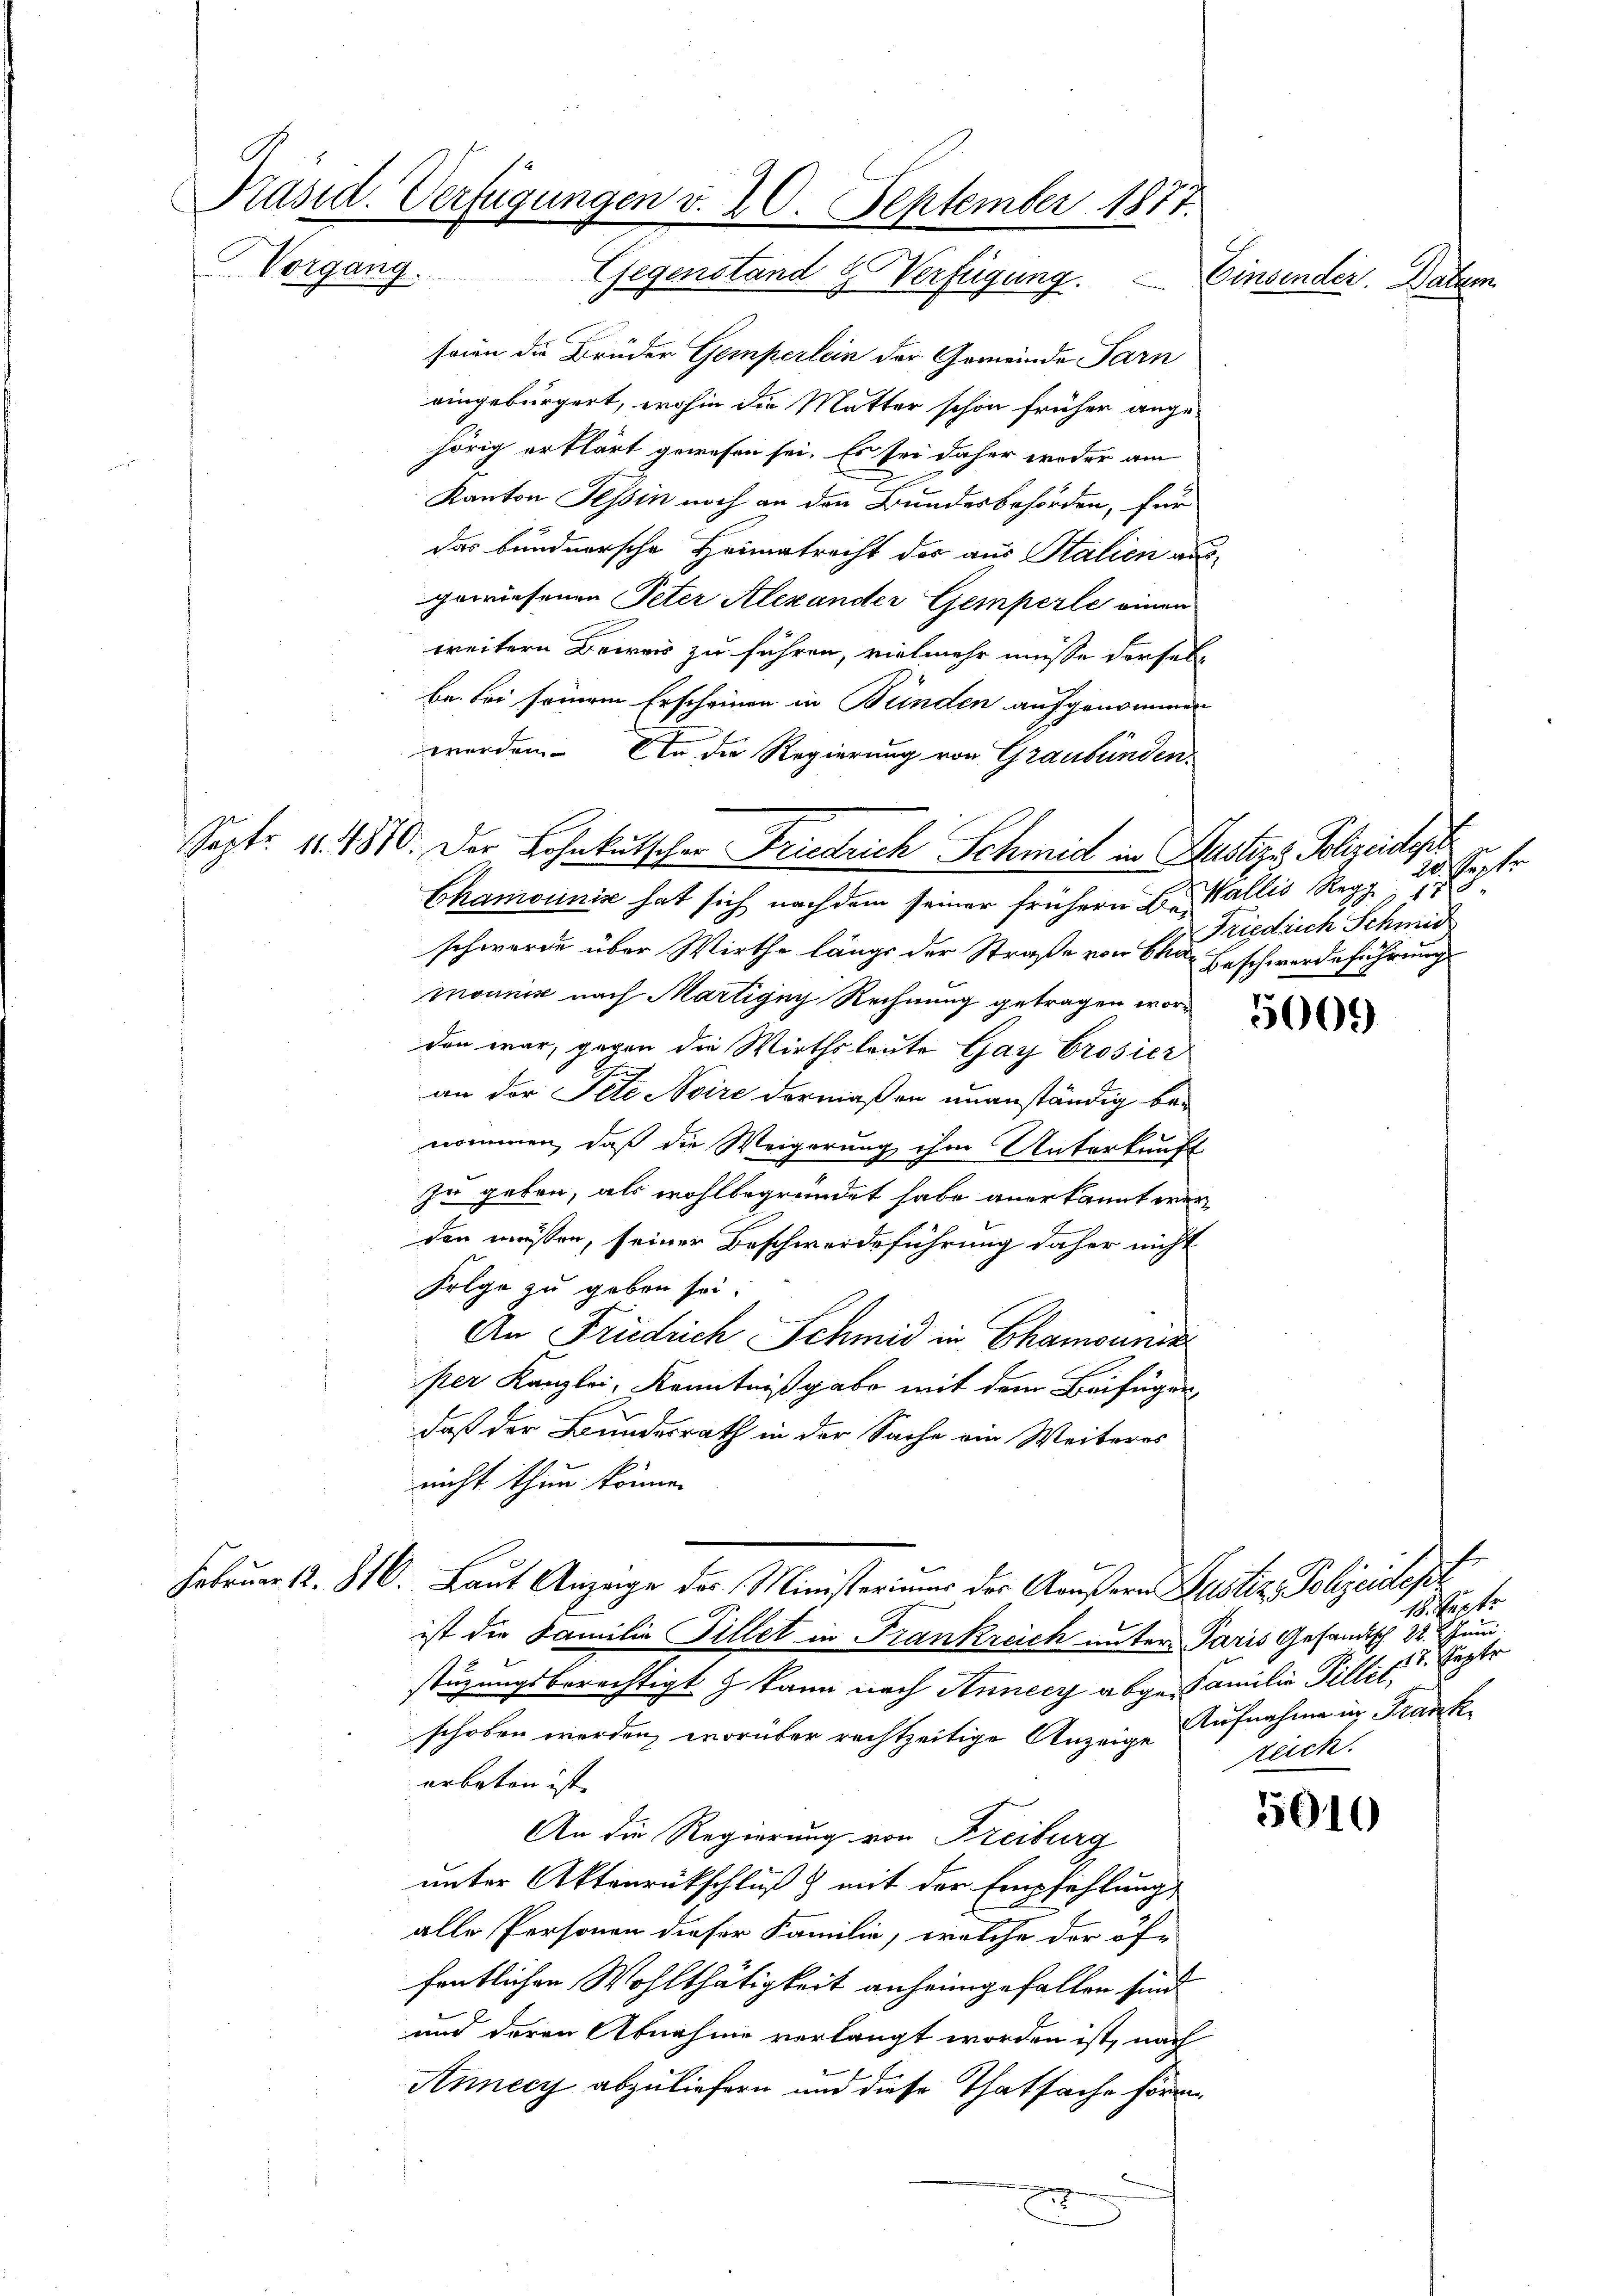
Präsid. Verfügungen v. 20. September 1877.
Vorgang.
Gegenstand & Verfügung.
Einsenden. Seitern

soin die Brüder Gemperlein der Gemeinde Tarn
eingebürgert, wohin die Mutter schon früher ange-
hörig erklärt gewesen sei. Es sei daher weder am
Kanton Tessin noch an den Bundesbehörden, für
das bundnersche Heimatrecht der aus Stalien ausgewiesenen Peter Alexander Gemperle einen
weitern Beweis zu führen, vielmehr müsse derselb
be. Sei seinem Erscheinen in Bunden aufgenommen
werden. In die Regierung von Graubünden.

Sept. 11. 4840. Der Lohnkutscher Friedrich Schmid in Justiz & Polizeidesh

Chamounis hat sich nach dem seiner frühern C. Wallis Regg, 188
schwerde über Wirthe längs der Straße von Chor Beschwerdeführung
monnig nach Martigny Rechnung getragen worden war, gegen die Wirthsleute Gay brosier
an der Pete Svire dermaßen unanständig be-
nommen, daß die Weigerung ihm Unterkunft
zu geben, als wohlbegründet habe anerkannt wer
den müssen, seiner Beschwerdeführung daher nicht
Folge zu geben sei.
An Friedrich Schmid in Chamourie
iper Kanzlei, Kenntnißgabe mit dem Beifügen
daß der Bundesrath in der Sache ein Weiteres
nicht thun könne.
Februar 12. 816. Laut Anzeige des Ministeriums der Aeußern Justiz Polizeidep
ist die Familie Fillet in Frankreich unter Paris Gesandtsch. 22. Juni
stüzungsberechtigt & kann nach Annecz abge-Familie Pillet,
schoben werden, worüber rechtzeitige Anzeige Zeich.
erbeten ist. |
An die Regierung von Freiburg
unter Aktenrütschluß & mit der Empfehlung
alle Personen dieser Familie, welche der öf-
fentlichen Wohlthätigkeit anheimgefallen sind.
und deren Abnahme verlangt worden ist, nach
Annecy abzuliefern und diese Thatsache förm
x

320. Seiter
Friedrich Schmid

5000

f.
18. Sept.
17. Septe
Aufnahme in Frank

5010